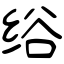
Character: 绤